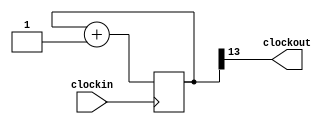
`timescale 1ns / 1ps
//////////////////////////////////////////////////////////////////////////////////
// Company: 
// Engineer: 
// 
// Design Name: 
// Module Name: clk_divder_nbit
// Project Name: 
// Target Devices: 
// Tool Versions: 
// Description: 
// 
// Dependencies: 
// 
// Revision:
// Revision 0.01 - File Created
// Additional Comments:
// 
//////////////////////////////////////////////////////////////////////////////////


module clk_divder_nbit(clockin, clockout); 
    input clockin; 
    output wire clockout; 

    parameter n = 13; 
    reg [n:0] count = 0; 
    
    always@(posedge clockin) 
    begin 
        count <= count + 1; 
    end 

    assign clockout = count[n]; 
endmodule